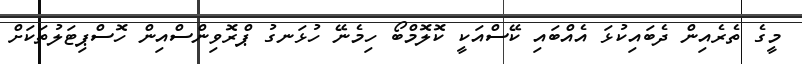
މީގެ ތެރެއިން ދެބައިކުޅަ އެއްބައި ކޭސްއަކީ ކޮލޮމްބޯ ހިމެނޭ ހުޅަނގު ޕްރޮވިންސްއިން ހޮސްޕިޓަލުތަކަށް